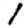
Digit: 1